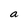
Character: a